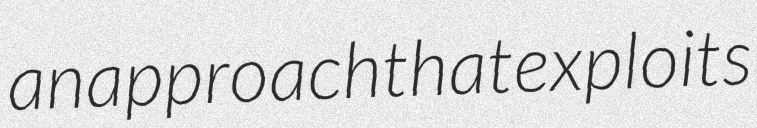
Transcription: an approach that exploits